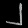
Digit: ၂